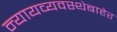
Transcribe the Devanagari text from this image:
न्यायव्यवस्थेबाहेर